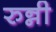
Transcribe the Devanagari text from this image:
रुन्नी